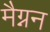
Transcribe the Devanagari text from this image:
मैग्नन